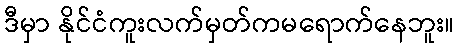
ဒီမှာ နိုင်ငံကူးလက်မှတ်ကမရောက်နေဘူး။